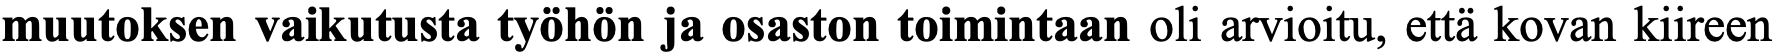
muutoksen vaikutusta työhön ja osaston toimintaan oli arvioitu, että kovan kiireen